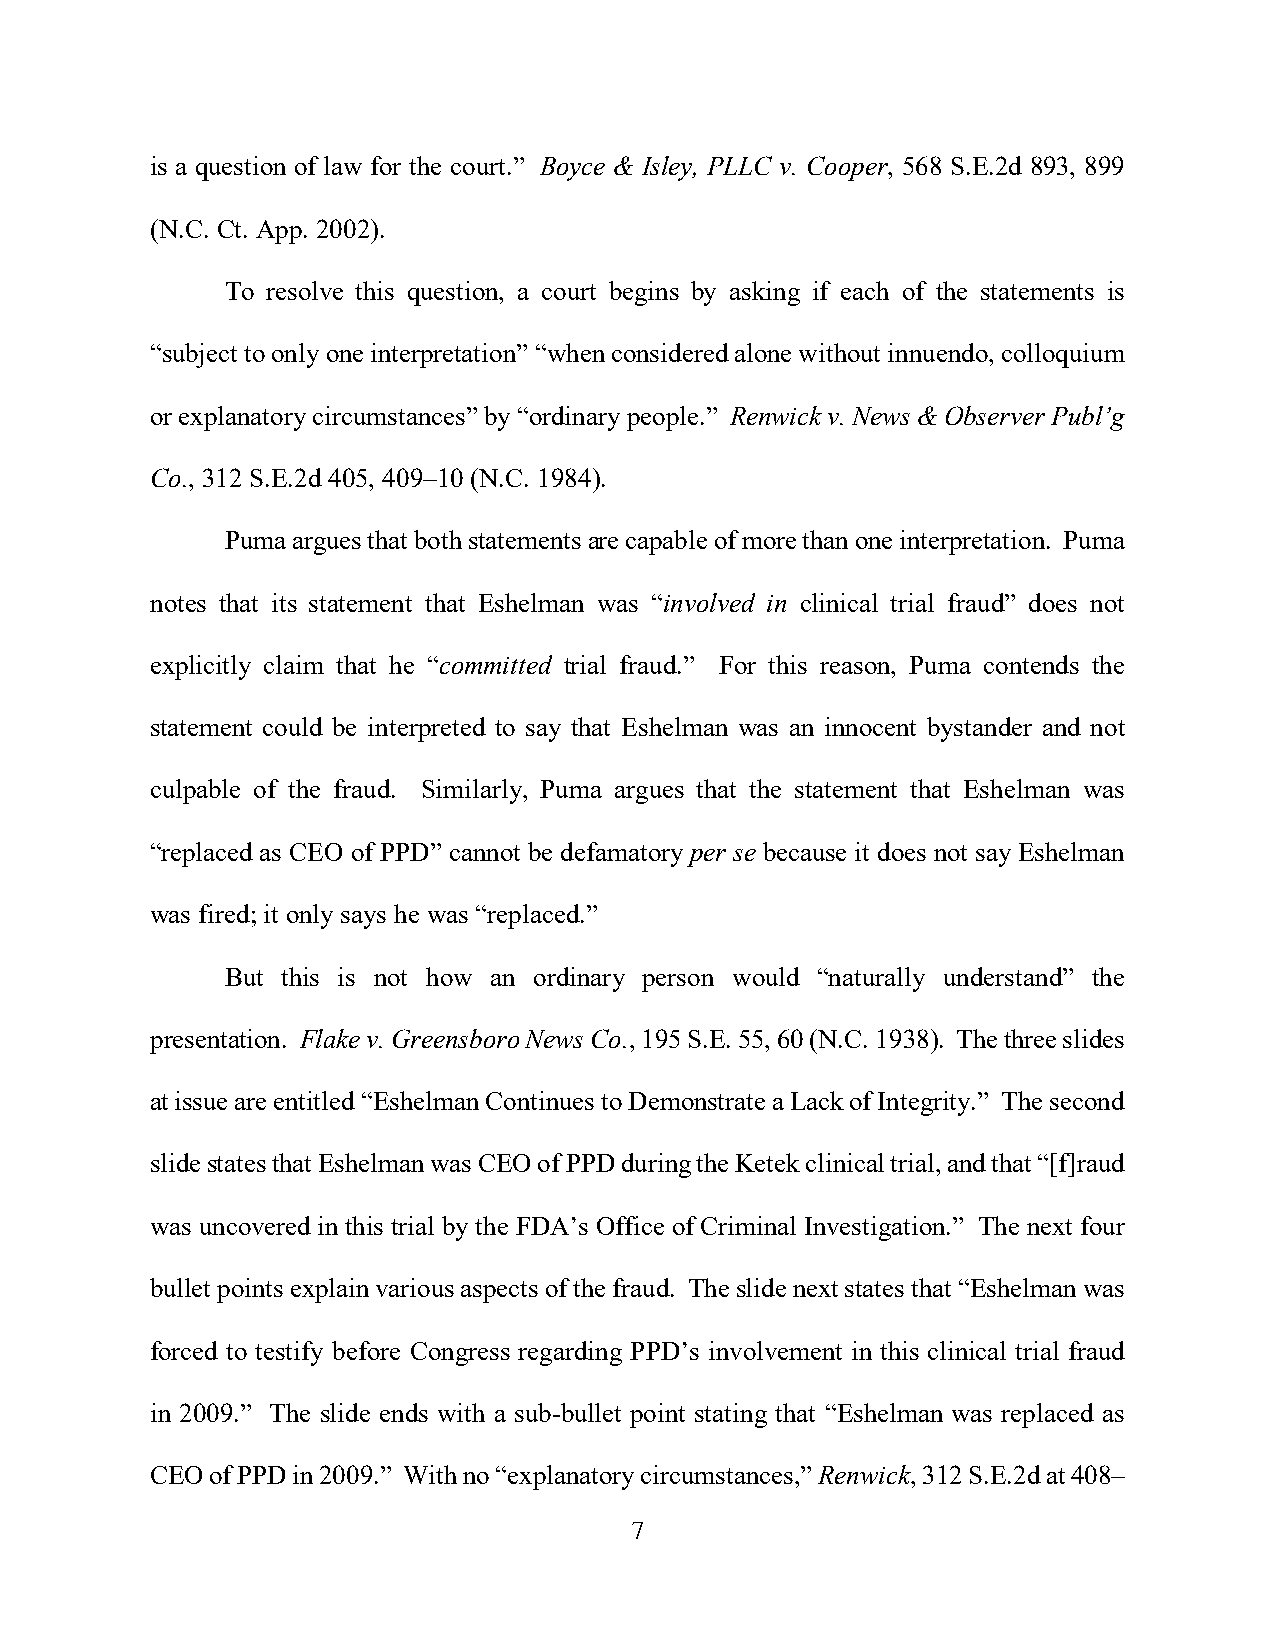
is a question of law for the court.” Boyce & Isley, PLLC v. Cooper, 568 S.E.2d 893, 899
 (N.C. Ct. App. 2002).
 To resolve this question, a court begins by asking if each of the statements is
 “subject to only one interpretation” “when considered alone without innuendo, colloquium
 or explanatory circumstances” by “ordinary people.” Renwick v. News & Observer Publ’g
 Co., 312 S.E.2d 405, 409–10 (N.C. 1984).
 Puma argues that both statements are capable of more than one interpretation. Puma
 notes that its statement that Eshelman was “involved in clinical trial fraud” does not
 explicitly claim that he “committed trial fraud.” For this reason, Puma contends the
 statement could be interpreted to say that Eshelman was an innocent bystander and not
 culpable of the fraud. Similarly, Puma argues that the statement that Eshelman was
 “replaced as CEO of PPD” cannot be defamatory per se because it does not say Eshelman
 was fired; it only says he was “replaced.”
 But this is not how an ordinary person would “naturally understand” the
 presentation. Flake v. Greensboro News Co., 195 S.E. 55, 60 (N.C. 1938). The three slides
 at issue are entitled “Eshelman Continues to Demonstrate a Lack of Integrity.” The second
 slide states that Eshelman was CEO of PPD during the Ketek clinical trial, and that “[f]raud
 was uncovered in this trial by the FDA’s Office of Criminal Investigation.” The next four
 bullet points explain various aspects of the fraud. The slide next states that “Eshelman was
 forced to testify before Congress regarding PPD’s involvement in this clinical trial fraud
 in 2009.” The slide ends with a sub-bullet point stating that “Eshelman was replaced as
 CEO of PPD in 2009.” With no “explanatory circumstances,” Renwick, 312 S.E.2d at 408–
 7